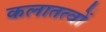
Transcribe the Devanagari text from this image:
कलातत्वों